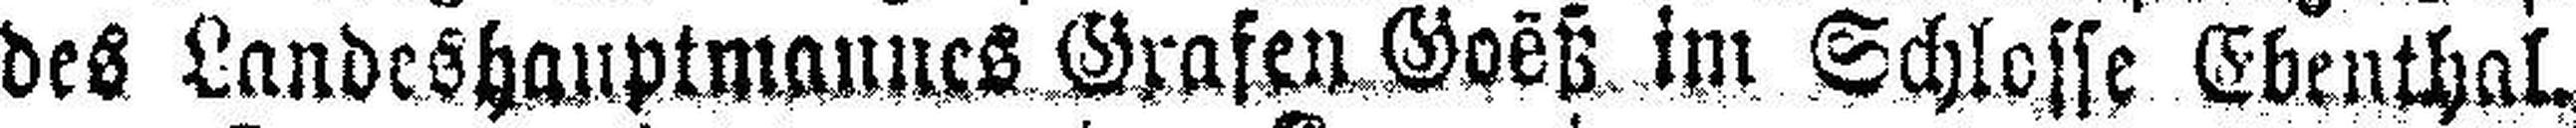
des Landeshauptmannes Grafen Goëß im Schlosse Ebenthal.